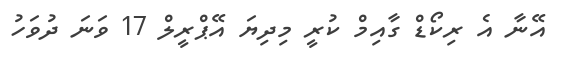
އޭނާ އެ ރިކޯޑް ގާއިމް ކުރީ މިދިޔަ އޭޕްރީލް 17 ވަނަ ދުވަހު